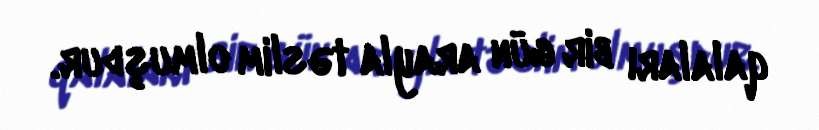
qalaları bir gün arayla təslim olmuşdur.